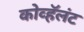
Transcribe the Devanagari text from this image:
कोव्हॅलंट